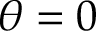
\theta = 0